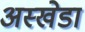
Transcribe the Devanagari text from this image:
अस्खेडा